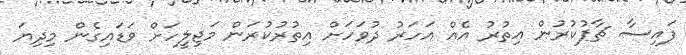
ފައިސާ ޗާޕުކުރުން އިތުރު އެއް އަހަރު ދުވަހަށް އިތުރުކުރަން މަޖިލީހަށް ވަޑައިގެން މިދިޔަ